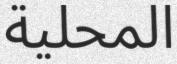
المحلية